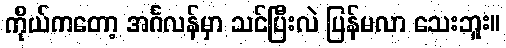
ကိုယ်ကတော့ အင်္ဂလန်မှာ သင်ပြီးလဲ ပြန်မလာ သေးဘူး။